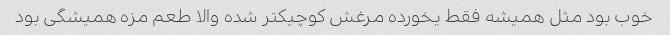
خوب بود مثل همیشه فقط یخورده مرغش کوچیکتر شده والا طعم مزه همیشگی بود